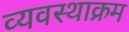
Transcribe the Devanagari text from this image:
व्यवस्थाक्रम